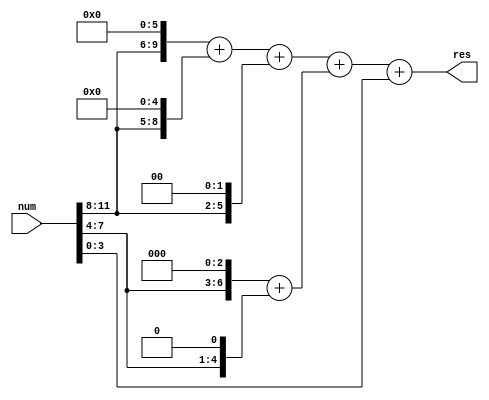
`timescale 1ns / 1ps

module bcdtobin (
    input [11:0] num,//{n1,n2,n3}
    output [9:0] res
);
  wire [3:0]n1,n2,n3;
  assign n1=num[11:8];
  assign n2=num[7:4];
  assign n3=num[3:0];
  
  wire [9:0] n1_r;
  wire [6:0] n2_r;
  wire [9:0] bint;
  assign n1_r=(n1<<6)+(n1<<5)+(n1<<2);
  assign n2_r=(n2<<3)+(n2<<1);
  assign bint=n1_r+n2_r+n3;
  assign res=bint[9:0];
endmodule

module cmp(
        input   [3:0]   data_in,
        output  [3:0]       data_out
);
 
    assign data_out = (data_in > 4'd4) ?(data_in + 3'd3):data_in;
endmodule

module left_shift(
        input   [21:0]  data_in,
        output  [21:0]  data_out
);
 
    wire [3:0]  a;
    wire [3:0]  b;
    wire [3:0]  c;
     
    cmp cmp_inst1(
        .data_in        (data_in[21:18]),
        .data_out   (a)
    );
     
    cmp cmp_inst2(
        .data_in        (data_in[17:14]),
        .data_out   (b)
    );
         
    cmp cmp_inst3(
        .data_in        (data_in[13:10]),
        .data_out   (c)
    );
     
    assign data_out = {a[2:0],b,c,data_in[9:0],1'b0};
endmodule

module bintobcd(
        input   [9:0]   data,
        output  [11:0]  bcd
);
 
    wire    [21:0] data_temp1;
    wire    [21:0] data_temp2;
    wire    [21:0] data_temp3;
    wire    [21:0] data_temp4;
    wire    [21:0] data_temp5;
    wire    [21:0] data_temp6;
    wire    [21:0] data_temp7;
    wire    [21:0] data_temp8; 
    wire    [21:0] data_temp9; 
    wire    [21:0] data_temp10; 
    wire    [21:0] data_temp11; 
     
    assign data_temp1 = {12'd0,data};
     
     
    left_shift  left_shift_inst_1(
        .data_in        (data_temp1),
        .data_out   (data_temp2)
    );
     
    left_shift  left_shift_inst_2(
        .data_in        (data_temp2),
        .data_out   (data_temp3)
    );
     
    left_shift  left_shift_inst_3(
        .data_in        (data_temp3),
        .data_out   (data_temp4)
    );
     
    left_shift  left_shift_inst_4(
        .data_in        (data_temp4),
        .data_out   (data_temp5)
    );
     
    left_shift  left_shift_inst_5(
        .data_in        (data_temp5),
        .data_out   (data_temp6)
    );
     
    left_shift  left_shift_inst_6(
        .data_in        (data_temp6),
        .data_out   (data_temp7)
    );
     
    left_shift  left_shift_inst_7(
        .data_in        (data_temp7),
        .data_out   (data_temp8)
    );
     
    left_shift  left_shift_inst_8(
        .data_in        (data_temp8),
        .data_out   (data_temp9)
    );

    left_shift  left_shift_inst_9(
        .data_in        (data_temp9),
        .data_out   (data_temp10)
    );

    left_shift  left_shift_inst_10(
        .data_in        (data_temp10),
        .data_out   (data_temp11)
    );

    assign bcd = data_temp11[21:10];
endmodule

module subtraction(
    input [3:0] sign,//n0
    input [11:0] num,//{n1,n2,n3}
    input [11:0] sub,
    output [15:0] res
    // output [9:0] checkbin
);
  wire [9:0] numbin,subbin;
  bcdtobin btb1(num,numbin);
  bcdtobin btb2(sub,subbin);
  reg c4,c0;
  reg [9:0]s;
  reg [10:0]q;
  reg [3:0]sig;
  reg [9:0]resbin;
  always@(*)begin
    if(sign==4'd10)begin
      sig=4'd10;
      q={1'b0,numbin}+{1'b0,subbin};
      if(q[10]!=1'b0)begin
        resbin=10'b1111100111;
      end
      else begin
        resbin=numbin+subbin;
      end
    end
    else begin
      c0=1;
      q={1'b0,numbin}+{1'b0,~subbin}+1;
      c4=q[10];
      s=q[9:0];
      if(c4==1)begin
        sig=4'd0;
        resbin=s;
      end
      else if(c4==0)begin
        sig=4'd10;
        resbin=(~s)+1;
      end
    end
  end
  wire [11:0]resbcd;
  bintobcd btb3(resbin,resbcd);
  assign res={sig,resbcd};
  // assign checkbin=resbin;
endmodule

module addition(
    input [11:0] num,//{n1,n2,n3}
    input [11:0] sub,
    output [15:0] res
    // output [9:0] checkbin
);
  wire [9:0] numbin,subbin;
  bcdtobin btb1(num,numbin);
  bcdtobin btb2(sub,subbin);
  reg c4,c0;
  reg [9:0]s;
  reg [10:0]q;
  reg [9:0]resbin;
  always@(*)begin
    q={1'b0,numbin}+{1'b0,subbin};
    if(q[10]!=1'b0)begin
      resbin=10'b1111100111;
    end
    else begin
      resbin=numbin+subbin;
    end
  end
  wire [11:0]resbcd;
  bintobcd btb3(resbin,resbcd);
  assign res={4'd10,resbcd};
  // assign checkbin=resbin;
endmodule

module toincome(
    input [11:0] bal,
    input [15:0] evebal,
    output [11:0] res
    // output [9:0] checkbin
);
  wire [9:0] numbin,subbin;
  bcdtobin btb1(bal,numbin);
  bcdtobin btb2(evebal[11:0],subbin);
  reg c4,c0;
  reg [9:0]s;
  reg [10:0]q;
  reg [3:0]sig;
  reg [9:0]resbin;
  always@(*)begin
    if(evebal[15:12]==4'd10)begin
      q={1'b0,numbin}+{1'b0,subbin};
      if(q[10]!=1'b0)begin
        resbin=10'b1111100111;
      end
      else begin
        resbin=numbin+subbin;
      end
    end
    else begin
      c0=1;
      q={1'b0,numbin}+{1'b0,~subbin}+1;
      c4=q[10];
      s=q[9:0];
      if(c4==1)begin
        resbin=s;
      end
      else if(c4==0)begin
        resbin=(~s)+1;
      end
    end
  end
  wire [11:0]resbcd;
  bintobcd btb3(resbin,resbcd);
  assign res=resbcd;
  // assign checkbin=resbin;
endmodule